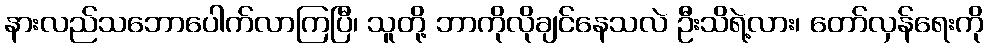
နားလည်သဘောပေါက်လာကြပြီ၊ သူတို့ ဘာကိုလိုချင်နေသလဲ ဦးသိရဲ့လား၊ တော်လှန်ရေးကို